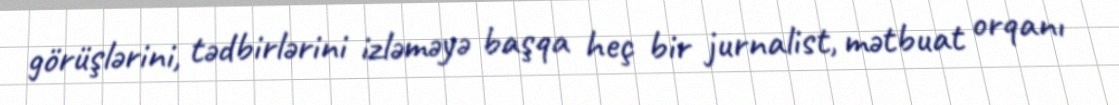
görüşlərini, tədbirlərini izləməyə başqa heç bir jurnalist, mətbuat orqanı